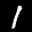
Label: 1